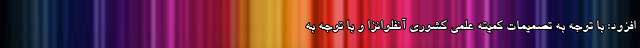
افزود: با توجه به تصمیمات کمیته علمی کشوری آنفلوانزا و با توجه به